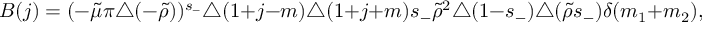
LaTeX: B ( j ) = ( - \tilde { \mu } \pi \triangle ( - \tilde { \rho } ) ) ^ { s _ { - } } \triangle ( 1 + j - m ) \triangle ( 1 + j + m ) s _ { - } \tilde { \rho } ^ { 2 } \triangle ( 1 - s _ { - } ) \triangle ( \tilde { \rho } s _ { - } ) \delta ( m _ { 1 } + m _ { 2 } ) ,